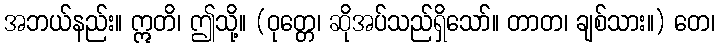
အဘယ်နည်း။ ဣတိ၊ ဤသို့။ (ဝုတ္တေ၊ ဆိုအပ်သည်ရှိသော်။ တာတ၊ ချစ်သား။) တေ၊